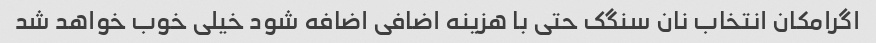
اگرامکان انتخاب نان سنگک حتی با هزینه اضافی اضافه شود خیلی خوب خواهد شد